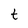
Character: t